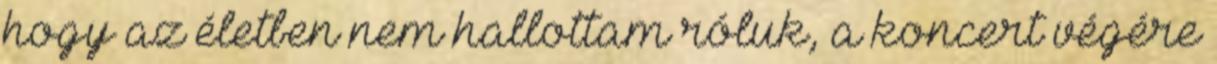
hogy az életben nem hallottam róluk, a koncert végére